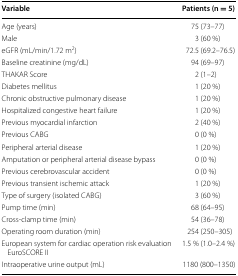
<table><thead><tr><td><b>Variable</b></td><td><b>Patients (n = 5)</b></td></tr></thead><tbody><tr><td>Age (years)</td><td>75 (73–77)</td></tr><tr><td>Male</td><td>3 (60 %)</td></tr><tr><td>eGFR (mL/min/1.72 m<sup>2</sup>)</td><td>72.5 (69.2–76.5)</td></tr><tr><td>Baseline creatinine (mg/dL)</td><td>94 (69–97)</td></tr><tr><td>THAKAR Score</td><td>2 (1–2)</td></tr><tr><td>Diabetes mellitus</td><td>1 (20 %)</td></tr><tr><td>Chronic obstructive pulmonary disease</td><td>1 (20 %)</td></tr><tr><td>Hospitalized congestive heart failure</td><td>1 (20 %)</td></tr><tr><td>Previous myocardial infarction</td><td>2 (40 %)</td></tr><tr><td>Previous CABG</td><td>0 (0 %)</td></tr><tr><td>Peripheral arterial disease</td><td>1 (20 %)</td></tr><tr><td>Amputation or peripheral arterial disease bypass</td><td>0 (0 %)</td></tr><tr><td>Previous cerebrovascular accident</td><td>0 (0 %)</td></tr><tr><td>Previous transient ischemic attack</td><td>1 (20 %)</td></tr><tr><td>Type of surgery (isolated CABG)</td><td>3 (60 %)</td></tr><tr><td>Pump time (min)</td><td>68 (64–95)</td></tr><tr><td>Cross-clamp time (min)</td><td>54 (36–78)</td></tr><tr><td>Operating room duration (min)</td><td>254 (250–305)</td></tr><tr><td>European system for cardiac operation risk evaluation EuroSCORE II</td><td>1.5 % (1.0–2.4 %)</td></tr><tr><td>Intraoperative urine output (mL)</td><td>1180 (800–1350)</td></tr></tbody></table>